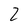
Character: 2